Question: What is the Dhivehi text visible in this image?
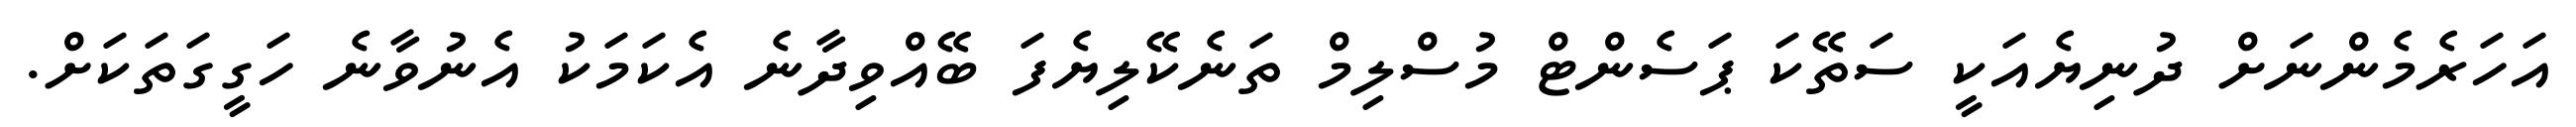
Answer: އަހަރެމެންނަށް ދުނިޔެއަކީ ސަތޭކަ ޕަސެންޓް މުސްލިމް ތަނެކޭލިޔެފަ ބޭއްވިދާނެ އެކަމަކު އެނުވާނެ ހަގީގަތަކަށް.